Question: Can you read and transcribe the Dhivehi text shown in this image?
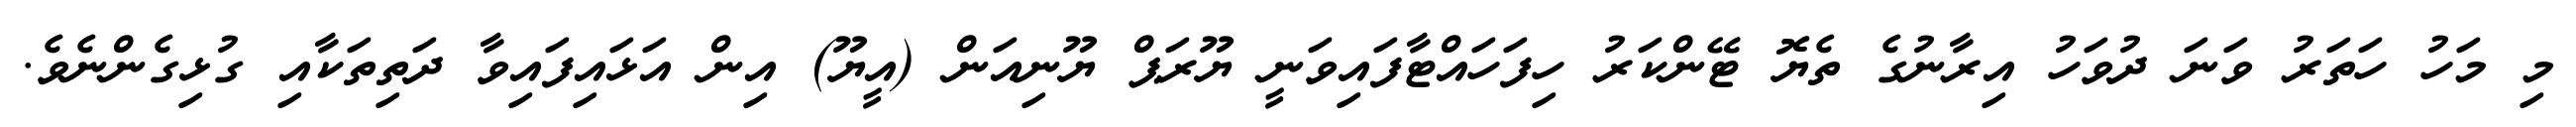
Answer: މި މަހު ހަތަރު ވަނަ ދުވަހު އިރާނުގެ ތެޔޮ ޓޭންކަރު ހިފަހައްޓާފައިވަނީ ޔޫރަޕް ޔޫނިއަން (އީޔޫ) އިން އަޅައިފައިވާ ދަތިތަކާއި ގުޅިގެންނެވެ.